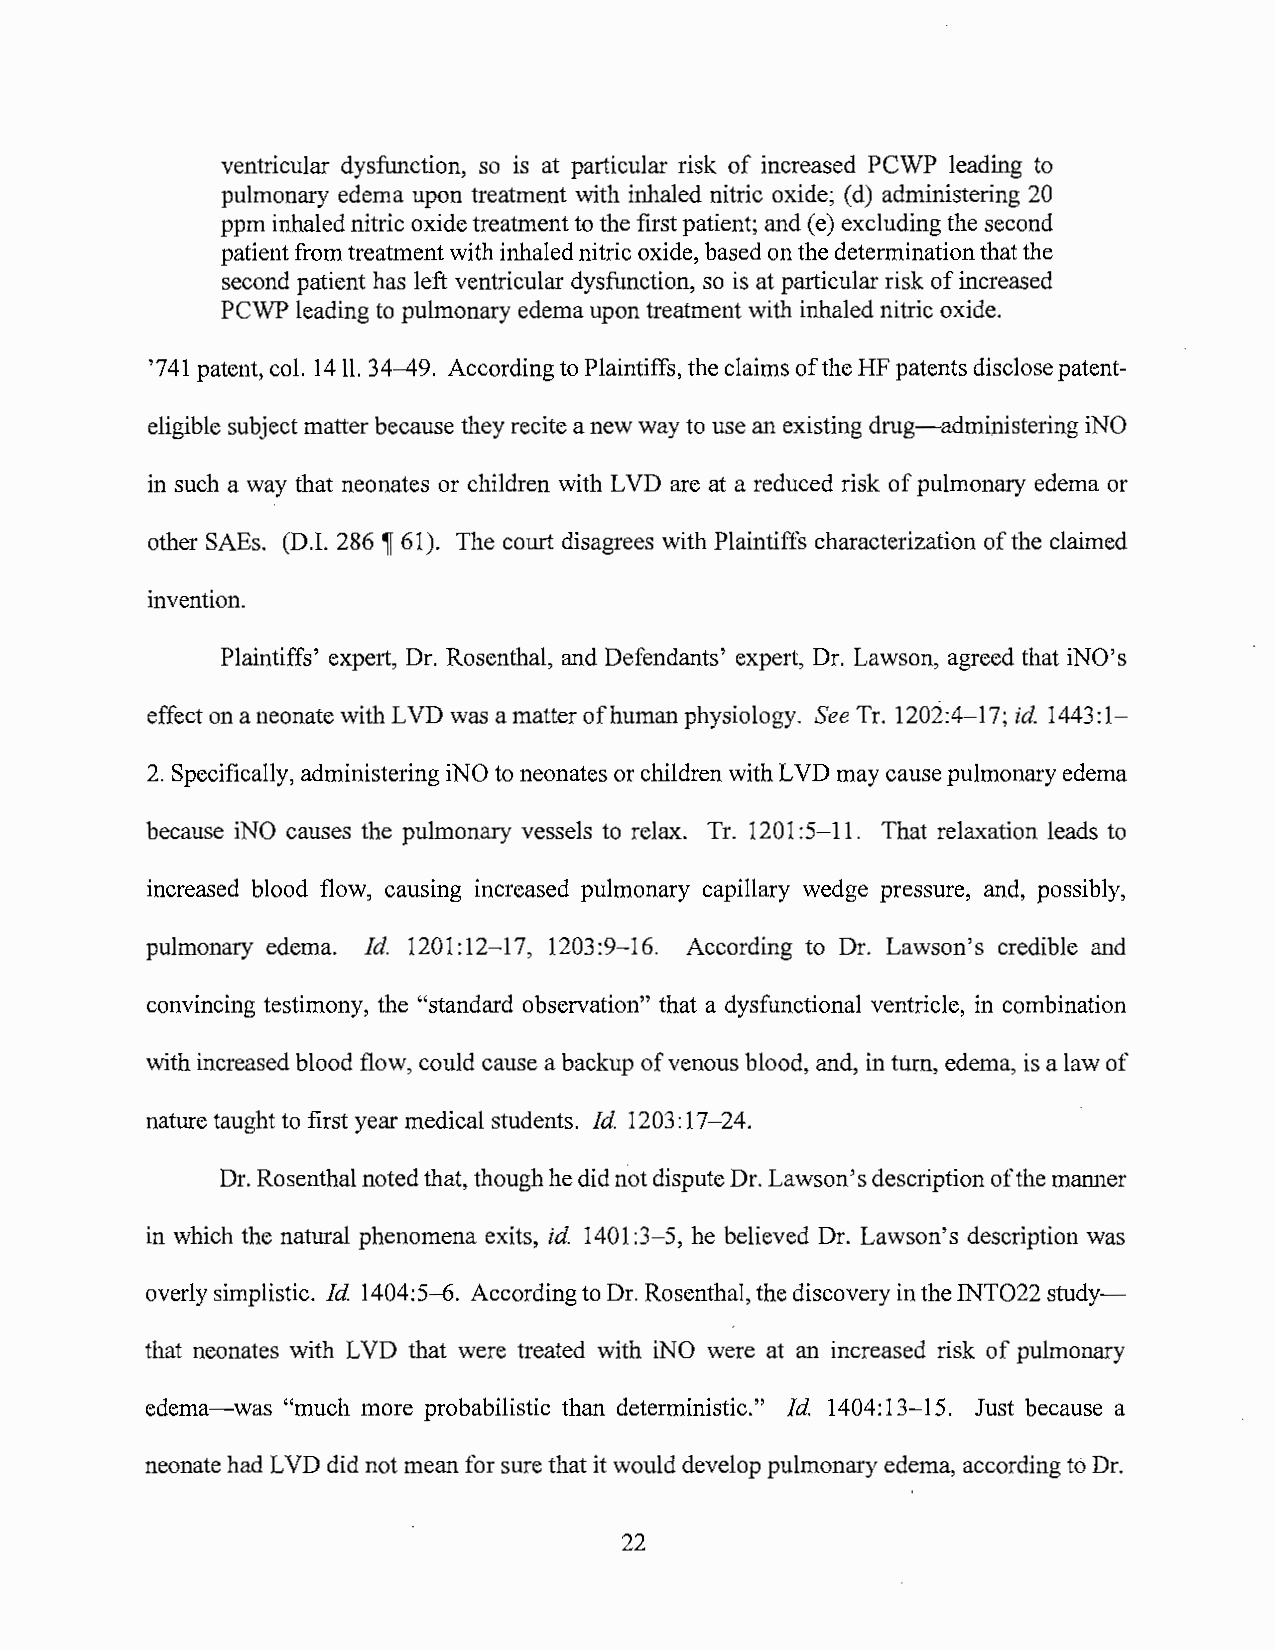
ventricular dysfunction, so is at particular risk of increased PCWP leading to
 pulmonary edema upon treatment with inhaled nitric oxide; (d ) administering 20
 ppm inhaled nitric oxide treatment to the first patient; and (e ) excluding the second
 patient from treatment with inhaled nitric oxide, based on the determination that the
 second patient has left ventricular dysfunction, so is at particular risk of increased
 PCWP leading to pulmonary edema upon treatment with inhaled nitric oxide.
 '741 patent, col. 1411. 34-49. According to Plaintiffs, the claims of the HF patents disclose patent-
 eligible subject matter because they recite a new way to use an existing drug-administering iNO
 in such a way that neonates or children with L VD are at a reduced risk of pulmonary edema or
 other SAEs. (D .I. 286 if 61 ). The court disagrees with Plaintiffs characterization of the claimed
 invention.
 Plaintiffs' expert, Dr. Rosenthal, and Defendants' expert, Dr. Lawson, agreed that iNO's
 effect on a neonate with LVD was a matter of human physiology. See Tr. 1202:4-17; id. 1443:1-
 2. Specifically, administering iNO to neonates or children with LVD may cause pulmonary edema
 because iNO causes the pulmonary vessels to relax. Tr. 1201 :5-11. That relaxation leads to
 increased blood flow, causing increased pulmonary capillary wedge pressure, and, possibly,
 pulmonary edema. Id. 1201 :12-17, 1203:9-16. According to Dr. Lawson's credible and
 convincing testimony, the "standard observation" that a dysfunctional ventricle, in combination
 with increased blood flow, could cause a backup of venous blood, and, in turn, edema, is a law of
 nature taught to first year medical students. Id. 1203: 17-24.
 Dr. Rosenthal noted that, though he did not dispute Dr. Lawson's description of the manner
 in which the natural phenomena exits, id. 1401 :3-5, he believed Dr. Lawson's description was
 overly simplistic. Id. 1404:5-6. According to Dr. Rosenthal, the discovery in the INT022 study-
 that neonates with L VD that were treated with iNO were at an increased risk of pulmonary
 edema-was "much more probabilistic than deterministic." Id. 1404:13-15. Just because a
 neonate had L VD did not mean for sure that it would develop pulmonary edema, according to Dr.
 22